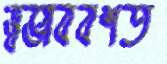
স্বভাববশত